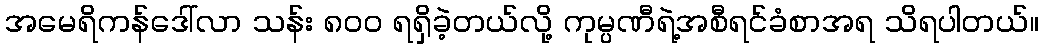
အမေရိကန်ဒေါ်လာ သန်း ၈၀၀ ရရှိခဲ့တယ်လို့ ကုမ္ပဏီရဲ့အစီရင်ခံစာအရ သိရပါတယ်။